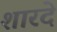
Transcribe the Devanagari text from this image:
शारदे